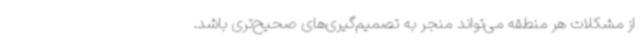
از مشکلات هر منطقه می‌تواند منجر به تصمیم‌گیری‌های صحیح‌تری باشد.